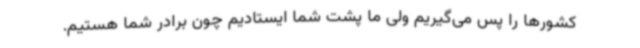
کشورها را پس می‌گیریم ولی ما پشت شما ایستادیم چون برادر شما هستیم.